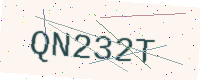
Text: QN232T